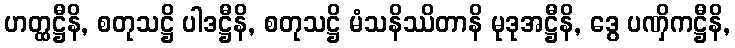
ဟတ္ထဋ္ဌီနိ, စတုသဋ္ဌိ ပါဒဋ္ဌီနိ, စတုသဋ္ဌိ မံသနိဿိတာနိ မုဒုအဋ္ဌီနိ, ဒွေ ပဏှိကဋ္ဌီနိ,